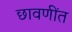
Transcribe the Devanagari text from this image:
छावणींत